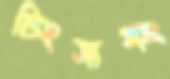
চিংসামং